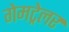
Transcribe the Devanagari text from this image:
गेमट्रेलर